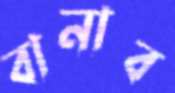
বানাব